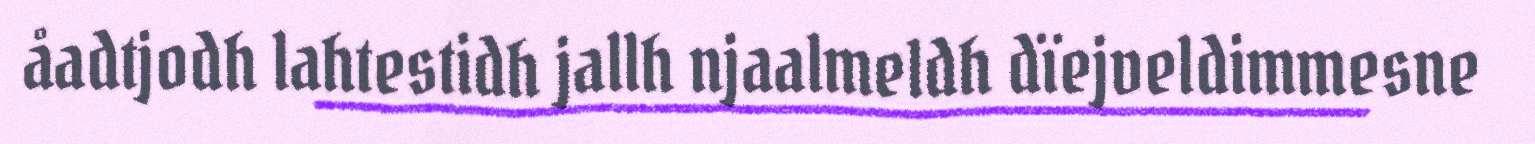
åadtjodh lahtestidh jallh njaalmeldh dïejveldimmesne